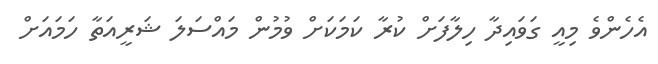
އެހެންވެ މިއީ ގަވައިދާ ހިލާފަށް ކުރާ ކަމަކަށް ވުމުން މައްސަލަ ޝަރީއަތާ ހަމައަށް